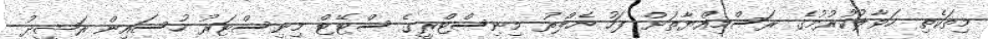
މިތަކެތި ހަވާލުކުރުމުގެ ރަސްމިއްޔާތަށް ފަހު ހެލްތު މިނިސްޓްރީގެ ސްޓޭޓް މިނިސްޓަރު ހުސައިން ރަޝީދު